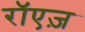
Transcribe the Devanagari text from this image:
रॉएज़